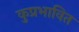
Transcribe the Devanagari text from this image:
कुप्रभावित